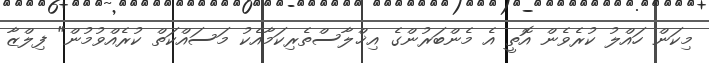
މިކަން ހައްލު ކުރެވެން އޮތީ އެ މެންބަރުންގެ އިޚްލާސްތެރިކަމާއެކު މަސައްކަތް ކުރެއްވުމުން" ފިލްޒާ